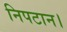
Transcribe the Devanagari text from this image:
निपटान।